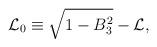
LaTeX: \begin{align*}{\cal L}_0 \equiv \sqrt{1 - B_3^2} - {\cal L},\end{align*}